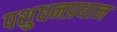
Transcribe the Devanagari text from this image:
पशुधनप्रधान